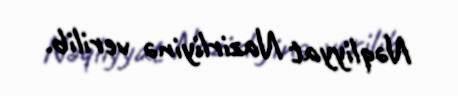
Nəqliyyat Nazirliyinə verilib.